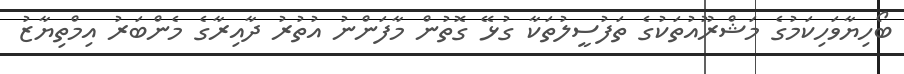
ބޯހިޔާވަހިކަމުގެ މަޝްރޫއުތަކުގެ ތަފުސީލުތަކާ ގުޅޭ ގޮތުން މާފަންނު އުތުރު ދާއިރާގެ މެންބަރު އިމްތިޔާޒު